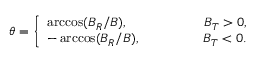
\theta = \left\lbrace \begin{array} { l l } { \operatorname { a r c c o s } ( B _ { R } / B ) , ~ ~ ~ ~ ~ ~ ~ ~ ~ ~ ~ ~ ~ ~ ~ ~ ~ B _ { T } > 0 , } \\ { - \operatorname { a r c c o s } ( B _ { R } / B ) , ~ ~ ~ ~ ~ ~ ~ ~ ~ ~ ~ ~ ~ ~ B _ { T } < 0 . } \end{array} \right.